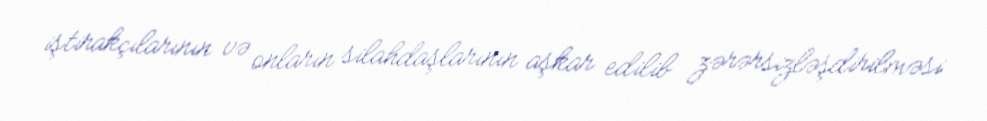
iştirakçılarının və onların silahdaşlarının aşkar edilib zərərsizləşdirilməsi